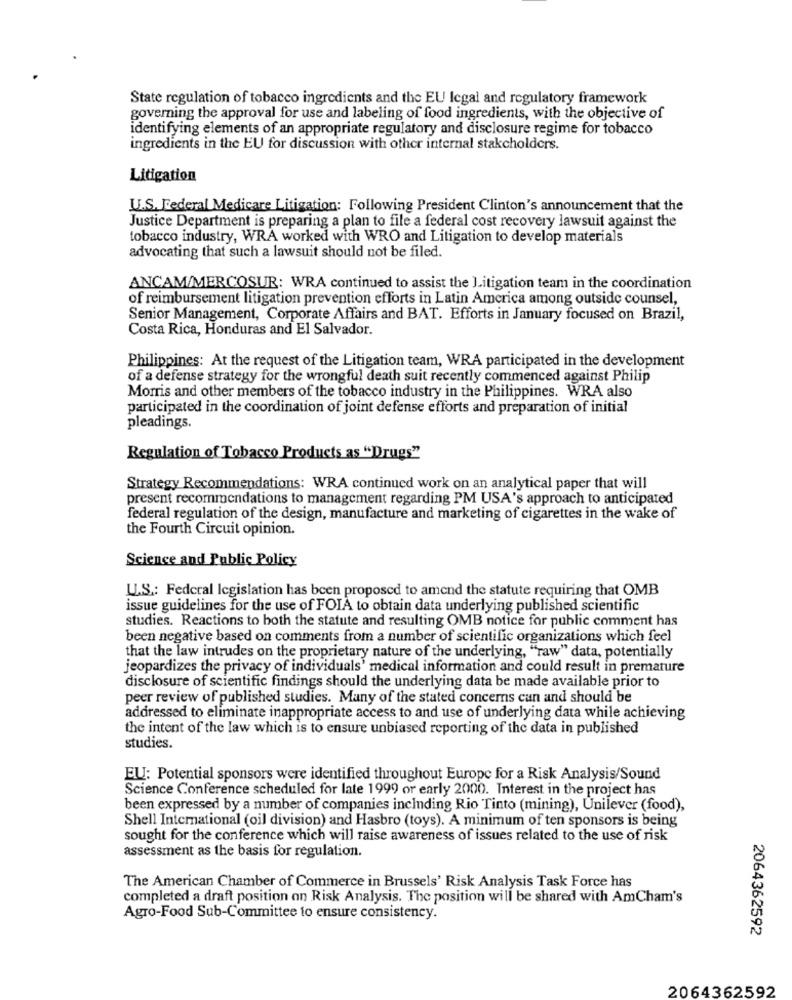
State regulation of tobacco ingredients and the EU legal and regulatory framework
governing the approval for use and labeling of food ingredients, with the objective of
identifying elements of an appropriate regulatory and disclosure regime for tobacco
ingredients in the EU for discussion with other internal stakeholders.
Litigation
U.S. Federal Medicare Litigation: Following President Clinton's announcement that the
Justice Department is preparing a plan to file a federal cost recovery lawsuit against the
tobacco industry, WRA worked with WRO and Litigation to develop materials
advocating that such a lawsuit should not be filed.
ANCAM/MERCOSUR: WRA continued to assist the Litigation team in the coordination
of reimbursement litigation prevention efforts in Latin America among outside counsel,
Senior Management, Corporate Affairs and BAT. Efforts in January focused on Brazil,
Costa Rica, Honduras and El Salvador.
Philippines: At the request of the Litigation team, WRA participated in the development
of a defense strategy for the wrongful death suit recently commenced against Philip
Morris and other members of the tobacco industry in the Philippines. WRA also
participated in the coordination of joint defense efforts and preparation of initial
pleadings.
Regulation of Tobacco Products as "Drugs"
Strategy Recommendations: WRA continued work on an analytical paper that will
present recommendations to management regarding PM USA's approach to anticipated
federal regulation of the design, manufacture and marketing of cigarettes in the wake of
the Fourth Circuit opinion.
Science and Public Policy
U.S .: Federal legislation has been proposed to amend the statute requiring that OMB
issue guidelines for the use of FOIA to obtain data underlying published scientific
studies. Reactions to both the statute and resulting OMB notice for public comment has
been negative based on comments from a number of scientific organizations which feel
that the law intrudes on the proprietary nature of the underlying, "raw" data, potentially
jeopardizes the privacy of individuals' medical information and could result in premature
disclosure of scientific findings should the underlying data be made available prior to
peer review of published studies. Many of the stated concerns can and should be
addressed to eliminate inappropriate access to and use of underlying data while achieving
the intent of the law which is to ensure unbiased reporting of the data in published
studies.
EU: Potential sponsors were identified throughout Europe for a Risk Analysis/Sound
Science Conference scheduled for late 1999 or early 2000. Interest in the project has
been expressed by a number of companies including Rio Tinto (mining), Unilever (food),
Shell International (oil division) and Hasbro (toys). A minimum of ten sponsors is being
sought for the conference which will raise awareness of issues related to the use of risk
assessment as the basis for regulation.
The American Chamber of Commerce in Brussels' Risk Analysis Task Force has
completed a draft position on Risk Analysis. The position will be shared with AmCham's
Agro-Food Sub-Committee to ensure consistency.
2064362592
2064362592